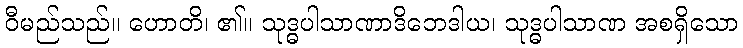
ဝီမည်သည်။ ဟောတိ၊ ၏။ သုဒ္ဓပါသာဏာဒိဘေဒါယ၊ သုဒ္ဓပါသာဏ အစရှိသော